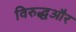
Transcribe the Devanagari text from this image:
विरुद्धऔर